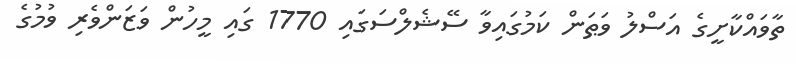
ތާވައްކާށީގެ އަސްލު ވަޠަން ކަމުގައިވާ ސޭޝެލްސަގައި 1770 ގައި މީހުން ވަޒަންވެރި ވުމުގެ